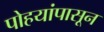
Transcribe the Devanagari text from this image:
पोहयांपासून